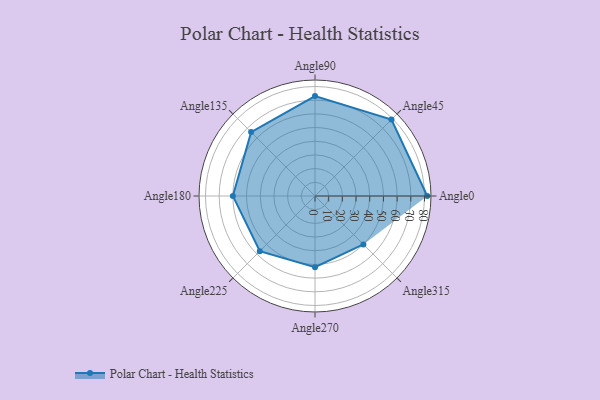
{"axis": {"x": "Angle", "y": "Radius"}, "legend": [""], "data": [{"x": "Angle0", "y": 82.0, "type": ""}, {"x": "Angle45", "y": 79.0, "type": ""}, {"x": "Angle90", "y": 73.0, "type": ""}, {"x": "Angle135", "y": 66.0, "type": ""}, {"x": "Angle180", "y": 60.0, "type": ""}, {"x": "Angle225", "y": 57.0, "type": ""}, {"x": "Angle270", "y": 52.0, "type": ""}, {"x": "Angle315", "y": 50, "type": ""}]}